Report on the cholera epidemic of
Year: 1868
Disease focus: Cholera
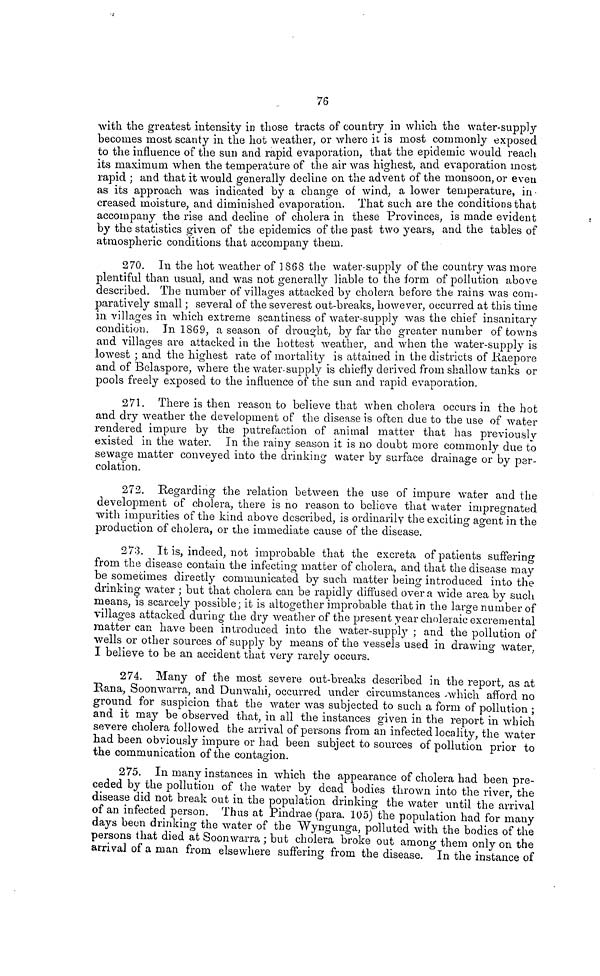
76
with the greatest intensity in those tracts of country in which the water-supply
becomes most scanty in the hot weather, or where it is most commonly exposed
to the influence of the sun and rapid evaporation, that the epidemic would reach
its maximum when the temperature of the air was highest, and evaporation most
rapid ; and that it would generally decline 011 the advent of the monsoon, or even
as its approach was indicated by a change of wind, a lower temperature, in
creased moisture, and diminished evaporation. That such are the conditions that
accompany the rise and decline of cholera in these Provinces, is made evident
by the statistics given of the epidemics of the past two years, and the tables of
atmospheric conditions that accompany them.
270. In the hot weather of 1868 the water-supply of the country was more
plentiful than usual, and was not generally liable to the form of pollution above
described. The number of villages attacked by cholera before the rains was com-
paratively small ; several of the severest out-breaks, however, occurred at this time
in villages in which extreme scantiness of water-supply was the chief insanitary
condition. In 1869, a season of drought, by far the greater number of towns
and villages are attacked in the hottest weather, and when the water-supply is
lowest ; and the highest rate of mortality is attained in the districts of Raepore
and of Belaspore, where the water-supply is chiefly derived from shallow tanks or
pools freely exposed to the influence of the sun and rapid evaporation.
271. There is then reason to believe that when cholera occurs in the hot
and dry weather the development of the disease is often due to the use of water
rendered impure by the putrefaction of animal matter that has previously
existed in the water. In the rainy season it is no doubt more commonly due to
sewage matter conveyed into the drinking water by surface drainage or by per-
colation.
272. Regarding the relation between the use of impure water and the
development of cholera, there is no reason to believe that water impregnated
with impurities of the kind above described, is ordinarily the exciting agent in the
production of cholera, or the immediate cause of the disease.
273. It is, indeed, not improbable that the excreta of patients suffering
from the disease contain the infecting matter of cholera, and that the disease may
be sometimes directly communicated by such matter being introduced into the
drinking water ; but that cholera can be rapidly diffused over a wide area by such
means, is scarcely possible; it is altogether improbable that in the large number of
villages attacked during the dry weather of the present year choleraic excremental
matter can have been introduced into the water-supply ; and the pollution of
wells or other sources of supply by means of the vessels used in drawing water,
I believe to be an accident that very rarely occurs.
274. Many of the most severe out-breaks described in the report, as at
Rana, Soomvarra, and Dunwahi, occurred under circumstances which afford no
ground for suspicion that the water was subjected to such a form of pollution ;
and it may be observed that, in all the instances given in the report in which
severe cholera followed the arrival of persons from an infected locality, the water
had been obviously impure or had been subject to sources of pollution prior to
the communication of the contaoion.
275. In many instances in which the appearance of cholera had been pre-
ceded by the pollution of the water by dead bodies thrown into the river, the
disease did not break out in the population drinking the water until the arrival
of an infected person. Thus at Pindrae (para. 105) the population had for many
days been drinking the water of the Wyngunga, polluted with the bodies of the
persons that died at Soonwarra ; but cholera broke out among them only on the
arrival of a man from elsewhere suffering from the disease. °In the instance of